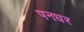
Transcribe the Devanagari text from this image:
पनधर